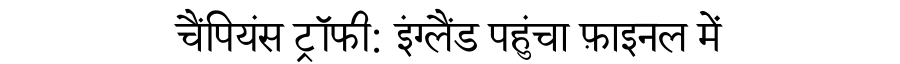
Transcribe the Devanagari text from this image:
चैंपियंस ट्रॉफी: इंग्लैंड पहुंचा फ़ाइनल में